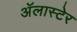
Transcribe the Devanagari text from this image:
अॅलास्टेर